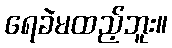
ရေခဲမထည့်ဘူး။